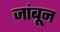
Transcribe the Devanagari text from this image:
जांबून